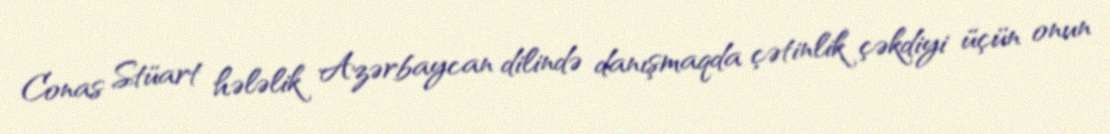
Conas Stüart hələlik Azərbaycan dilində danışmaqda çətinlik çəkdiyi üçün onun